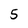
Character: 5